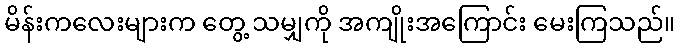
မိန်းကလေးများက တွေ့ သမျှကို အကျိုးအကြောင်း မေးကြသည်။